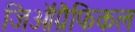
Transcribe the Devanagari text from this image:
जिऑग्रैफिकल